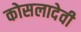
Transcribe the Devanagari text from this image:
कोसलादेवी